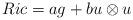
LaTeX: \begin{align*} Ric = ag + b u\otimes u\end{align*}